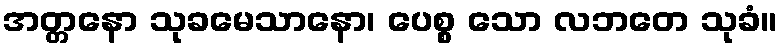
အတ္တနော သုခမေသာနော၊ ပေစ္စ သော လဘတေ သုခံ။